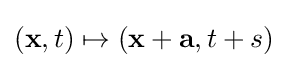
(\mathbf {x} ,t)\mapsto (\mathbf {x} +\mathbf {a} ,t+s)